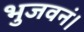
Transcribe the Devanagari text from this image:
भुजवनं।